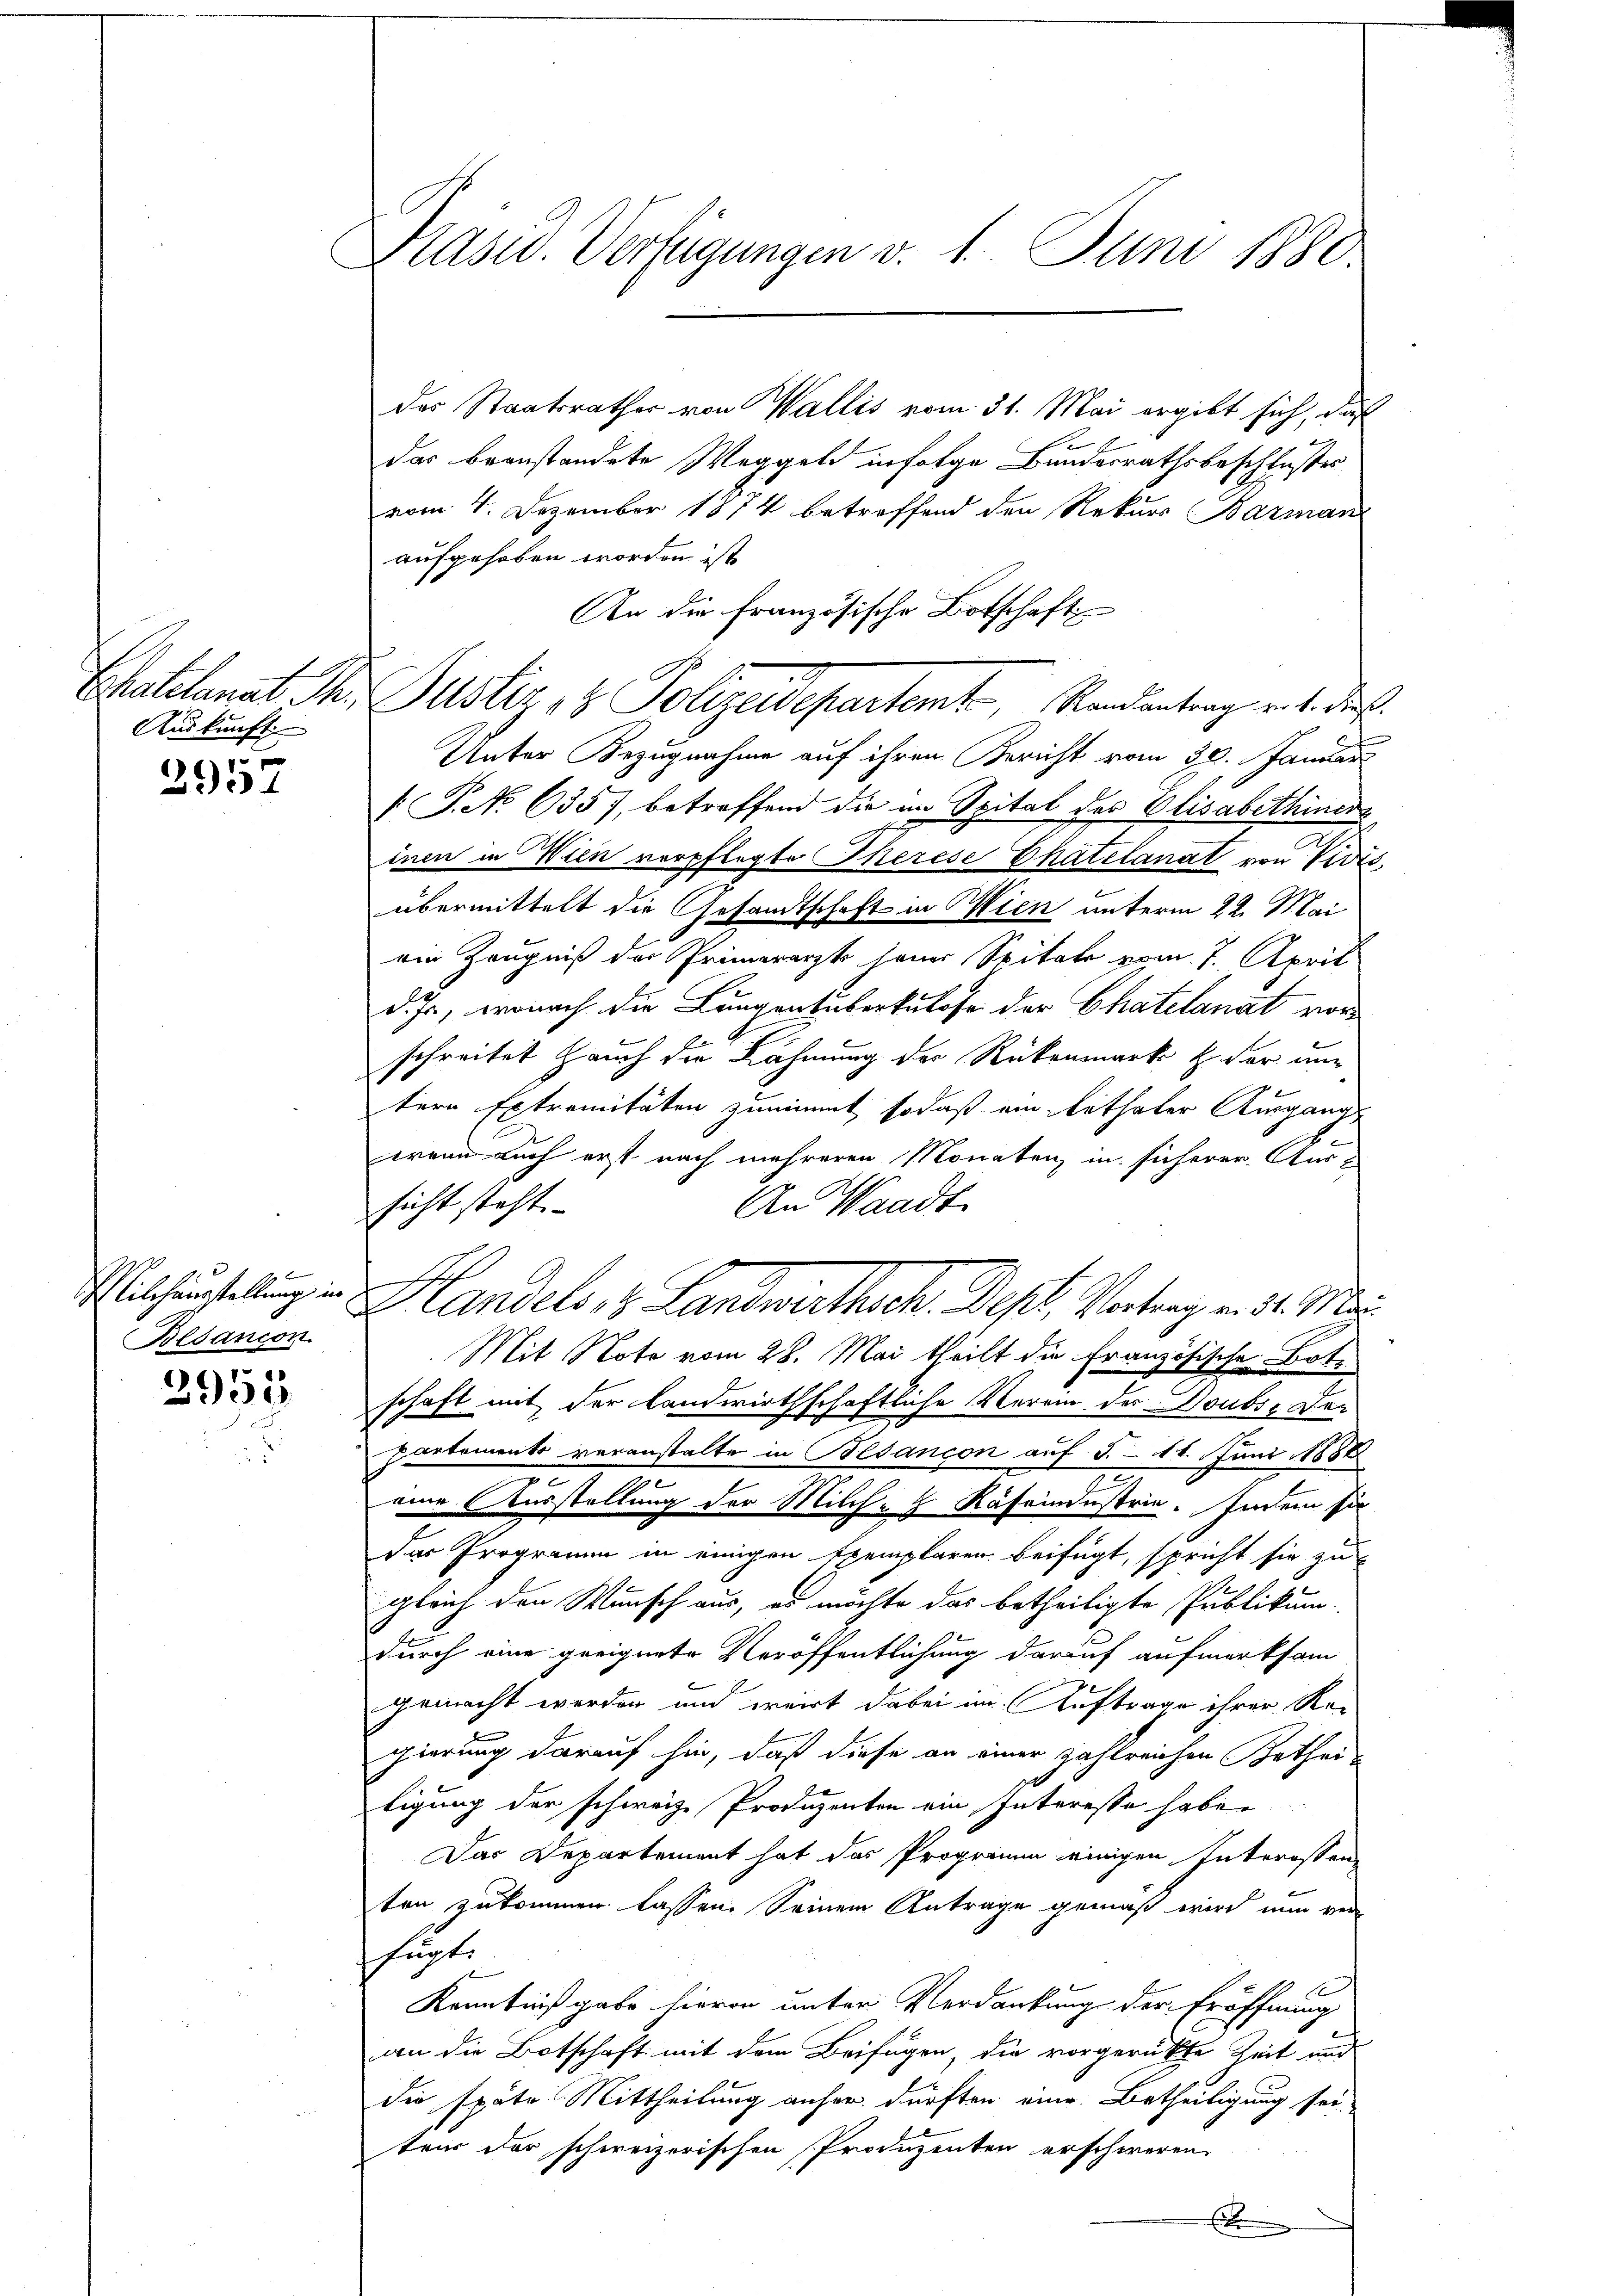
f
Auskunft

2957

d
Besancon

3958

Präsid. Verfügungen v. 1. Juni 1880

das Staatsrathes von Wallis vom 31. Mai ergibt sich, daß
Das beanstandete Weggeld infolge Bundesrathsbeschlußes
vom 4. Dezember 1814 betreffend den Rekurs Barman
aufgehoben worden ist
An die französische Botschaft
Unter Bezugnahme auf ihren Bericht vom 30. Januar
[P.NNo. 635, betreffend die im Spital der Elisabethiners
inen in Wien verpflegte Therese Chatelanat von Vivis,
übermittelt die Gesandtschaft in Wien unterm 22. Mai
ein Zeugniß der Primararzt jener Spitale vom 7. April
d. Js., wonach die Lungentuberkulose der Chatelanat vor
schreitet Hauch die Lähmung der Rückenmarke z. der un
tern Extremitäten zunimmt, sodaß ein erthaler Ausgang
wenn auch erst nach mehreren Monaten, in sicherer Aus-
sicht steht.
An Waadt.
Michaelung in Handels, 8 Landwirthsch. Dept, Vortrag v. 31. Ma
Mit Note vom 28. Mai theilt die Französische Bote
schaft mit der landwirthschaftliche Verein der Doubs Der
partements veranstalte in Blancon auf 5. - 14. Juni 1888
eine Ausstellung der Milch-H Käfeindustrie. Indem sie
der Programm in einigen Exemplaren beifügt, spricht sie zu
gleich den Wunsch aus, es möchte das betheiligte Publikum
durch eine geeignete Veröffentlichung darauf aufmerksam
8
gemacht werden und weirt dabei im Auftrage ihrer Re-
gierung darauf hin, daß diese an einer zahlreichen Bethei-
ligung der schweiz. Produzenten ein Interesse habe.
Das Departement hat das Properium einigen Interessen
B
ten zukommen lassen. Seinem Antrage gemäß wird nun ver-
fügt.
Kenntnißgabe hievon unter Verdankung der Eröffnung
an die Botschaft mit dem Beifügen, die vorgerückte Zeit und
die späte Mittheilung anher dürften eine Betheiligung sei-
teur der schweizerischen Produzenten erschweren.
E

Chatelanar M. Justiz & Polizeidepartemt, Randantrag mit dies